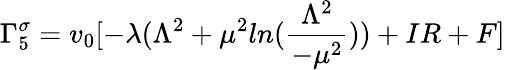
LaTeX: \Gamma_{5}^{\sigma}=v_{0}[-\lambda(\Lambda^{2}+\mu^{2}ln(\frac{\Lambda^{2}}{-\mu^{2}}))+IR+F]